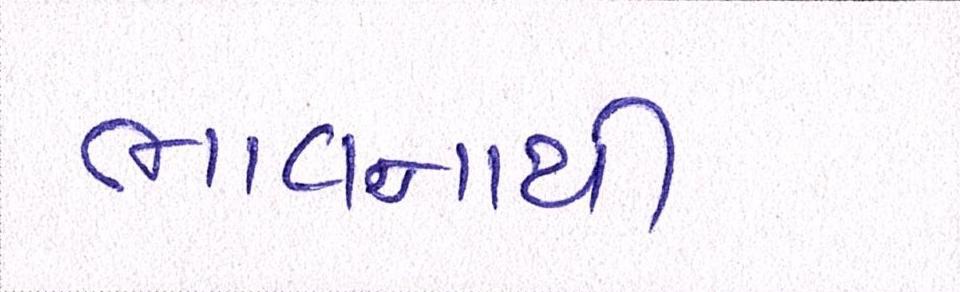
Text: ભાવનાથી